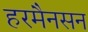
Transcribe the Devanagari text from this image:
हरमैनसन